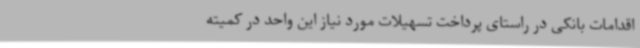
اقدامات بانکی در راستای پرداخت تسهیلات مورد نیاز این واحد در کمیته